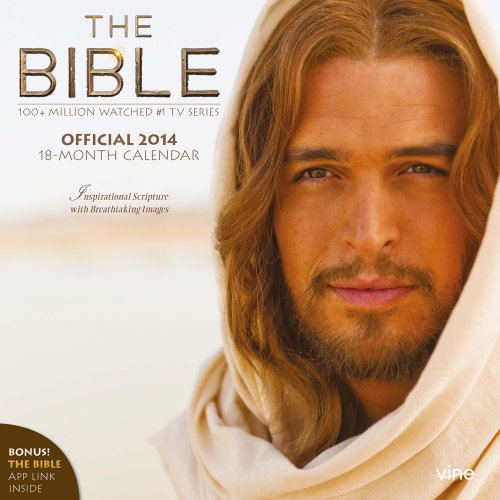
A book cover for The Bible Series 2014 (TV Series) Square 12x12; BrownTrout Publishers; Calendars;